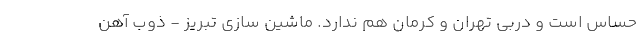
حساس است و دربی تهران و کرمان هم ندارد. ماشین سازی تبریز - ذوب آهن